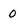
Character: 0